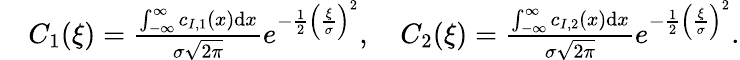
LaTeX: \begin{array}{rl}&{C_{1}(\xi)=\frac{\int_{-\infty}^{\infty}c_{I,1}(x)\mathrm{d}x}{\sigma\sqrt{2\pi}}e^{-\frac{1}{2}\left(\frac{\xi}{\sigma}\right)^{2}},\quad C_{2}(\xi)=\frac{\int_{-\infty}^{\infty}c_{I,2}(x)\mathrm{d}x}{\sigma\sqrt{2\pi}}e^{-\frac{1}{2}\left(\frac{\xi}{\sigma}\right)^{2}}.}\end{array}